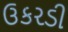
ઉકરડી